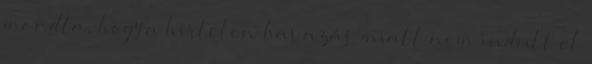
mondta, hogy a hirtelen havazás miatt nem indult el